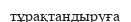
тұрақтандыруға